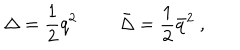
LaTeX: \Delta = { \frac { 1 } { 2 } } q ^ { 2 } \ \qquad \bar { \Delta } = { \frac { 1 } { 2 } } \bar { q } ^ { 2 } \ ,